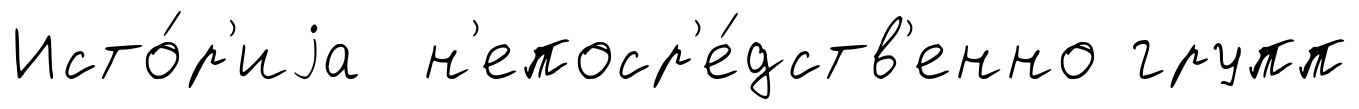
Исто́р'иjа н'епоср'е́дств'енно групп